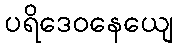
ပရိဒေဝနေယျေ